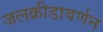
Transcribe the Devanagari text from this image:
जलक्रीडावर्णन